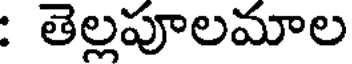
: తెల్లపూలమాల